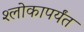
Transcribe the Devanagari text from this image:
श्लोकापर्यंत